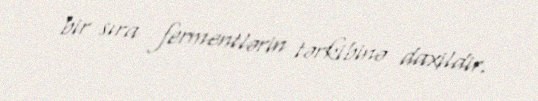
bir sıra fermentlərin tərkibinə daxildir.